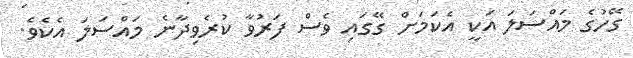
ގޭހުގެ މައްސަލަ އަކީ އެކަމަށް ގޭގައި ވެސް ފަރުވާ ކުރެވިދާނެ މައްސަލަ އެކެވެ.